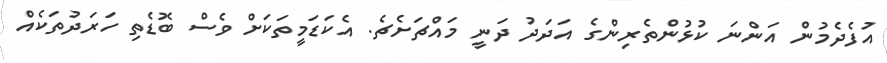
އުފެދެމުން އަންނަ ކުޅުންތެރިންގެ އަދަދު ދަނީ މައްޗަށެޗެ. އެކަޑަމީތަކަށް ވެސް ބޮޑެތި ހަރަދުތަކެއް